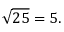
{ \sqrt { 2 5 } } = 5 .